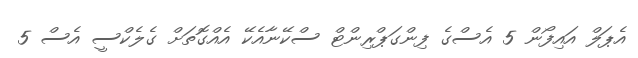
އެޕަލް އައިފޯން 5 އެސްގެ ފިންގަޕްރިންޓް ސްކޭނާއެކޭ އެއްގޮތަށް ގެލެކްސީ އެސް 5